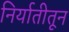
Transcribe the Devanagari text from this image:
निर्यातीतून